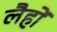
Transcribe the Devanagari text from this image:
लैहों